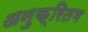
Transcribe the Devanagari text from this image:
अनुक्रितम